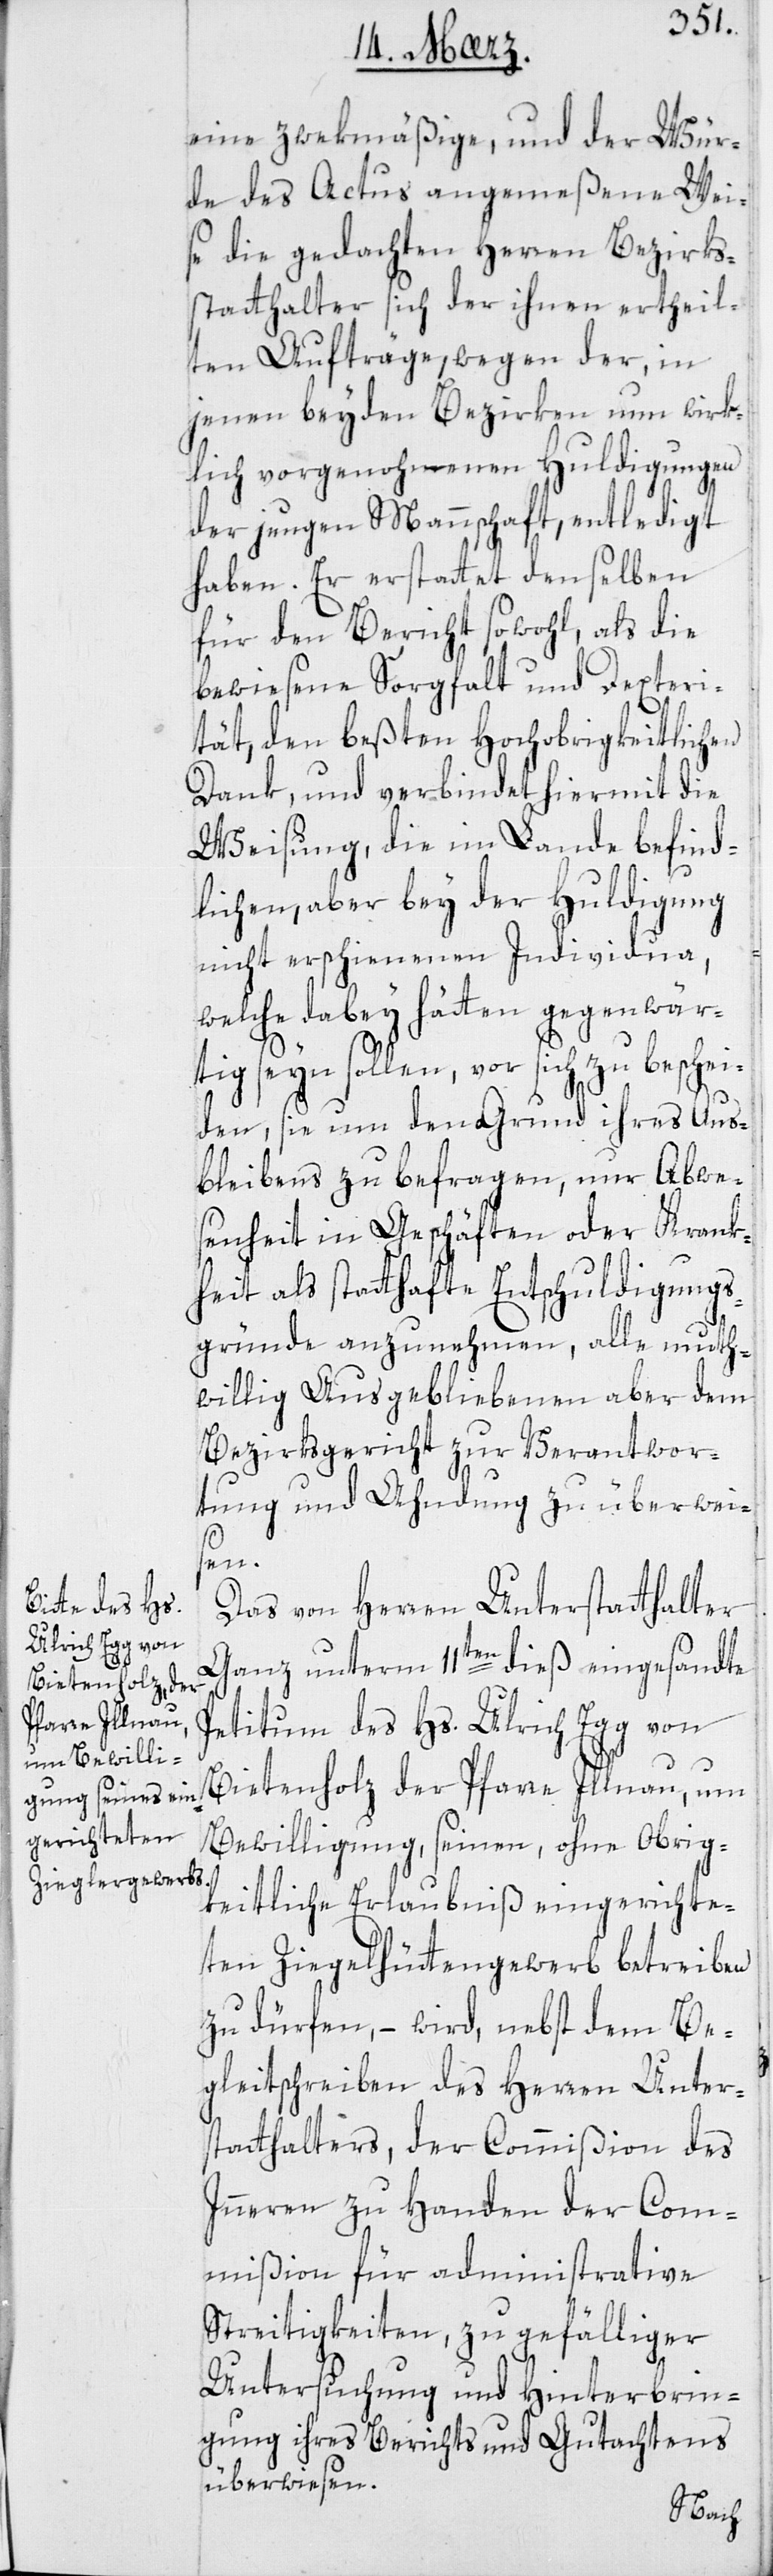
eine zwekmäßige und der Wür¬
de des Actus angemeßene Wei¬
se die gedachten Herren Bezirks¬
statthalter sich der ihnen ertheil¬
ten Aufträge, wegen der, in
jenen beyden Bezirken nun wirk¬
lich vorgenohmenen Huldigungen
der jungen Mannschaft entledigt
haben. Er erstattet denselben
für den Bericht sowohl als die
bewiesene Sorgfalt und Dexteri¬
tät, den beßten hochobrigkeitlichen
Dank, und verbindet hiermit die
Weisung, die im Lande befind¬
lichen, aber bey der Huldigung
nicht erschienenen Individua,
welche dabey hätten gegenwär¬
tig seyn sollen, vor sich zu beschei¬
den, sie um den Grund ihres Aus¬
bleibens zu befragen, nur Abwe¬
senheit in Geschäften oder Krank¬
heit als statthafte Entschuldigung¬
s-Gründe anzunehmen, alle muth¬
willig Ausgebliebenen aber dem
Bezirksgericht zur Verantwor¬
tung und Ahndung zu überwei¬
sen.
Das von Herren Unterstatthalter
Ganz unterm 11ten dieß eingesandte
Petitum des Hs. Ulrich Egg von
Bietenholz, der Pfarre Illnau, um
Bewilligung, seinen, ohne Obrig¬
keitliche Erlaubniß eingerichte¬
ten Ziegelhüttengewerb betreiben
zu dürfen, – wird nebst dem Be¬
gleitschreiben des Herren Unters¬
tatthalters, der Commißion des
Innern zu Handen der Com¬
mißion für administrative
Streitigkeiten, zu gefälliger
Untersuchung und Hinterbrin¬
gung ihres Berichts und Gutachtens
überwiesen.